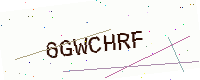
Text: 6GWCHRF